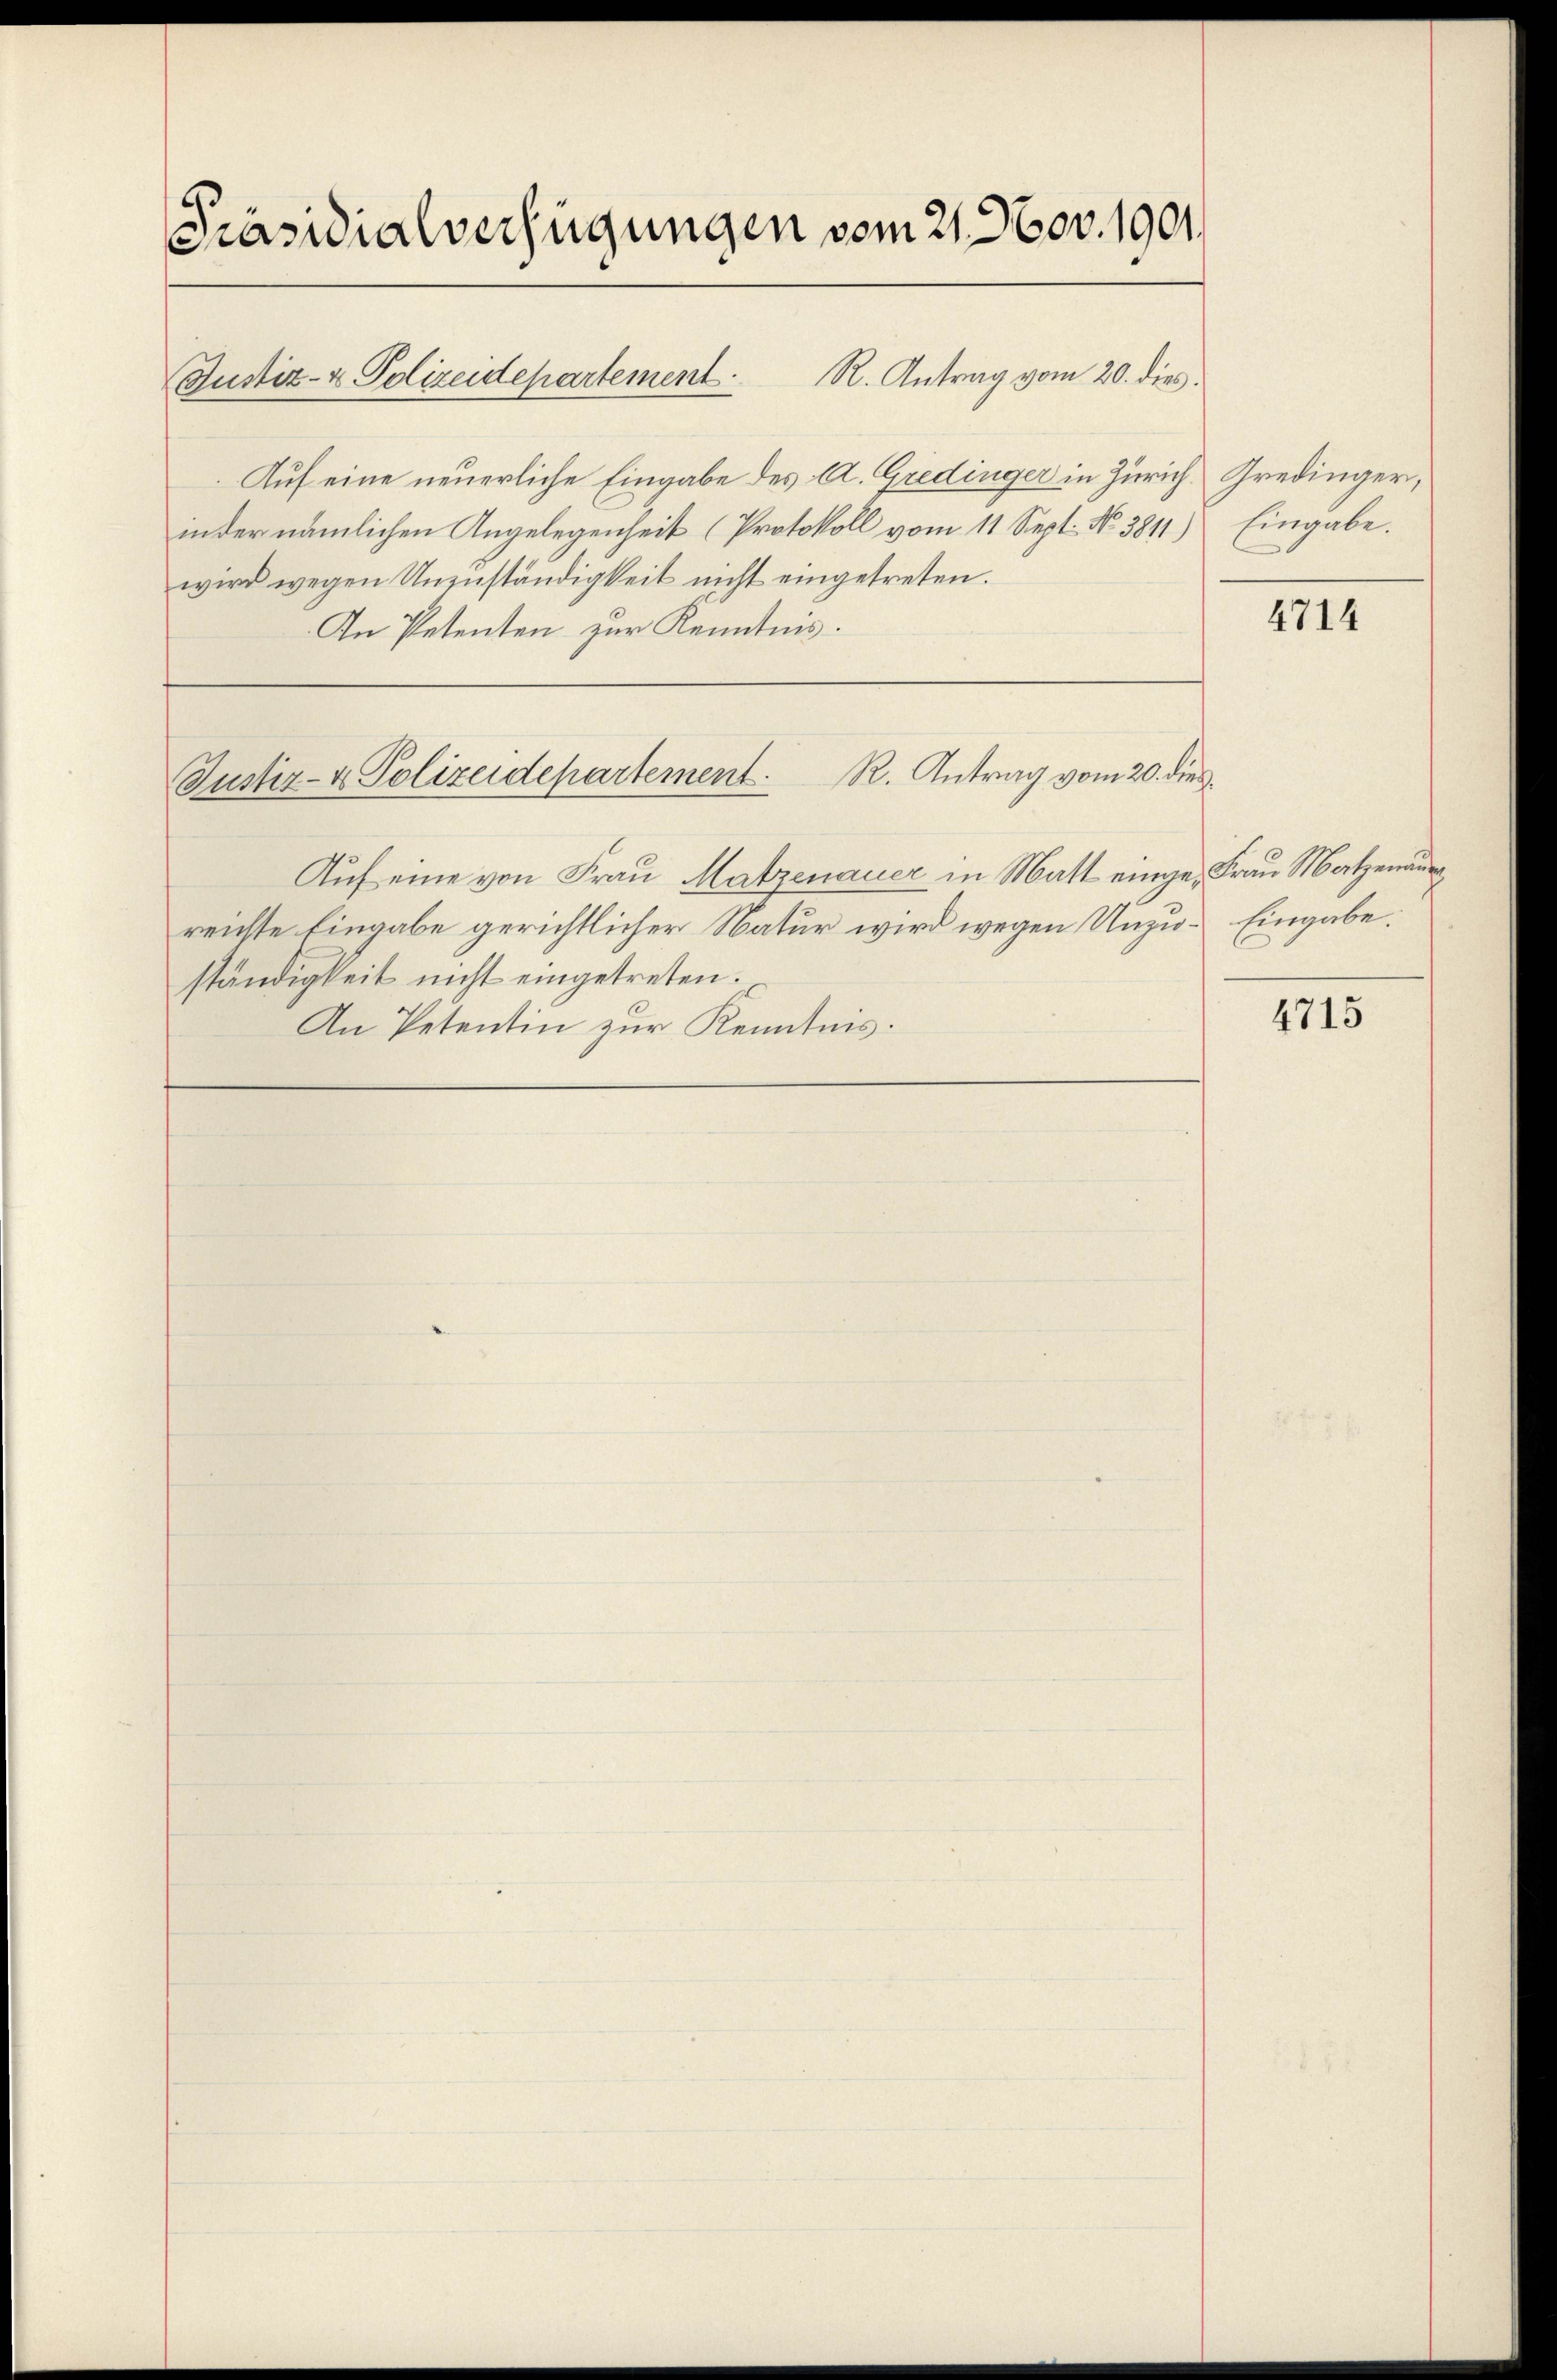
[Präsidialverfügungen vom 21. Nov. 1901

R. Antrag vom 20. dies.
Justiz- & Polizeidepartement.

Auf eine neuerliche Eingabe des A. Gredinger in Zürich. Gredinger,
inder nämlichen Angelegenheit (Protokoll vom 11 Sept. No 3811) Eingabe.
wird wegen Unzuständigkeit nicht eingetreten.
In Petenten zur Kenntnis.

R. Antrag vom 20. dies
Justiz- & Polizeidepartement.

Aŭf eine von Frau Matzenauer in Matt einge, Frau Matzenaue
reichte Eingabe gerichtlicher Natur wird wegen Unzu- Eingabe:
ständigkeit nicht eingetreten.
An Petentin zur Kenntnis.

4714

4715